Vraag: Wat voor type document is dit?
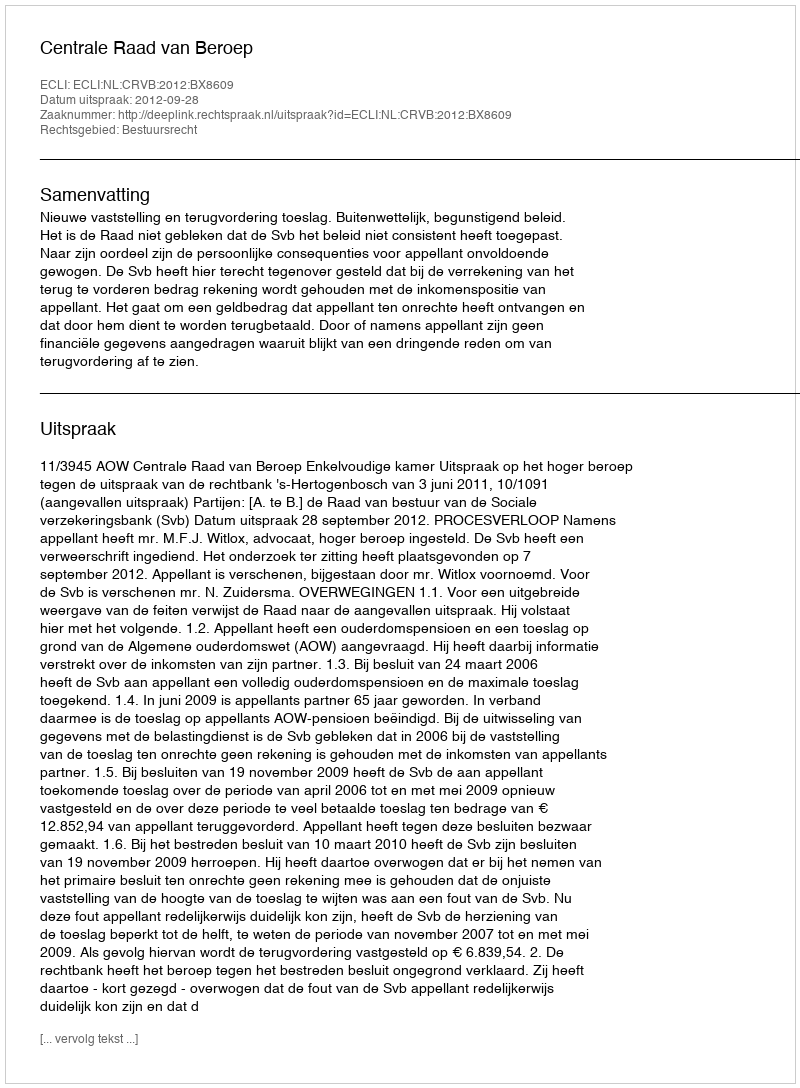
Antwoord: Uitspraak